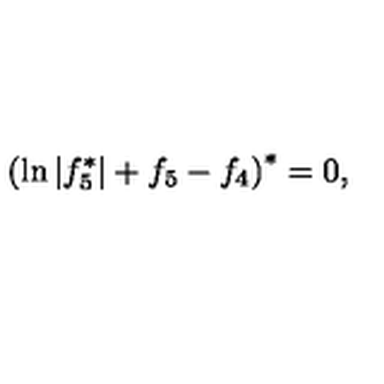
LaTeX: \left( \ln | f _ { 5 } ^ { \ast } | + f _ { 5 } - f _ { 4 } \right) ^ { \ast } = 0 ,